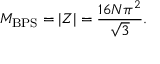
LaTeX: M _ { \mathrm { B P S } } = \left| Z \right| = \frac { 1 6 N \pi ^ { 2 } } { \sqrt { 3 } } .